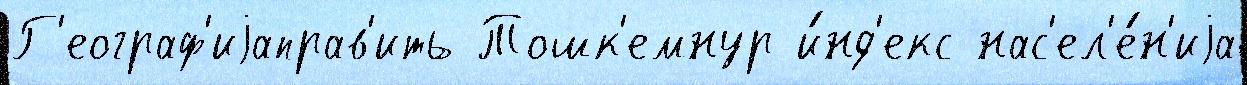
Г'еограф'иjаправ'ить Тошк'емнур и́нд'екс нас'ел'е́н'иjа